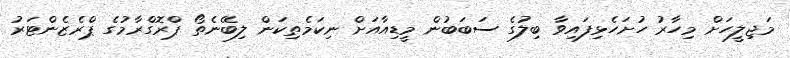
މަޖިލީހަށް މިހާރު ހުށަހެޅިފައިވާ ބިލުގެ ސަބަބުން މީޑިއާއަށް ނިކަމެތިކަން ލިބޭނެތޯ ޕްރޮގްރާމުގެ ޕްރެޒެންޓަރު